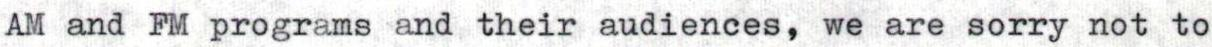
AM and FM programs and their audiences, we are sorry not to